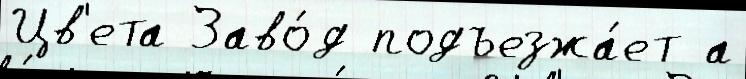
Цв'ета Заво́д подъезжа́ет а